38_143685_box_Incident_Summaries_101-172
Agency: Department of War
Page 65
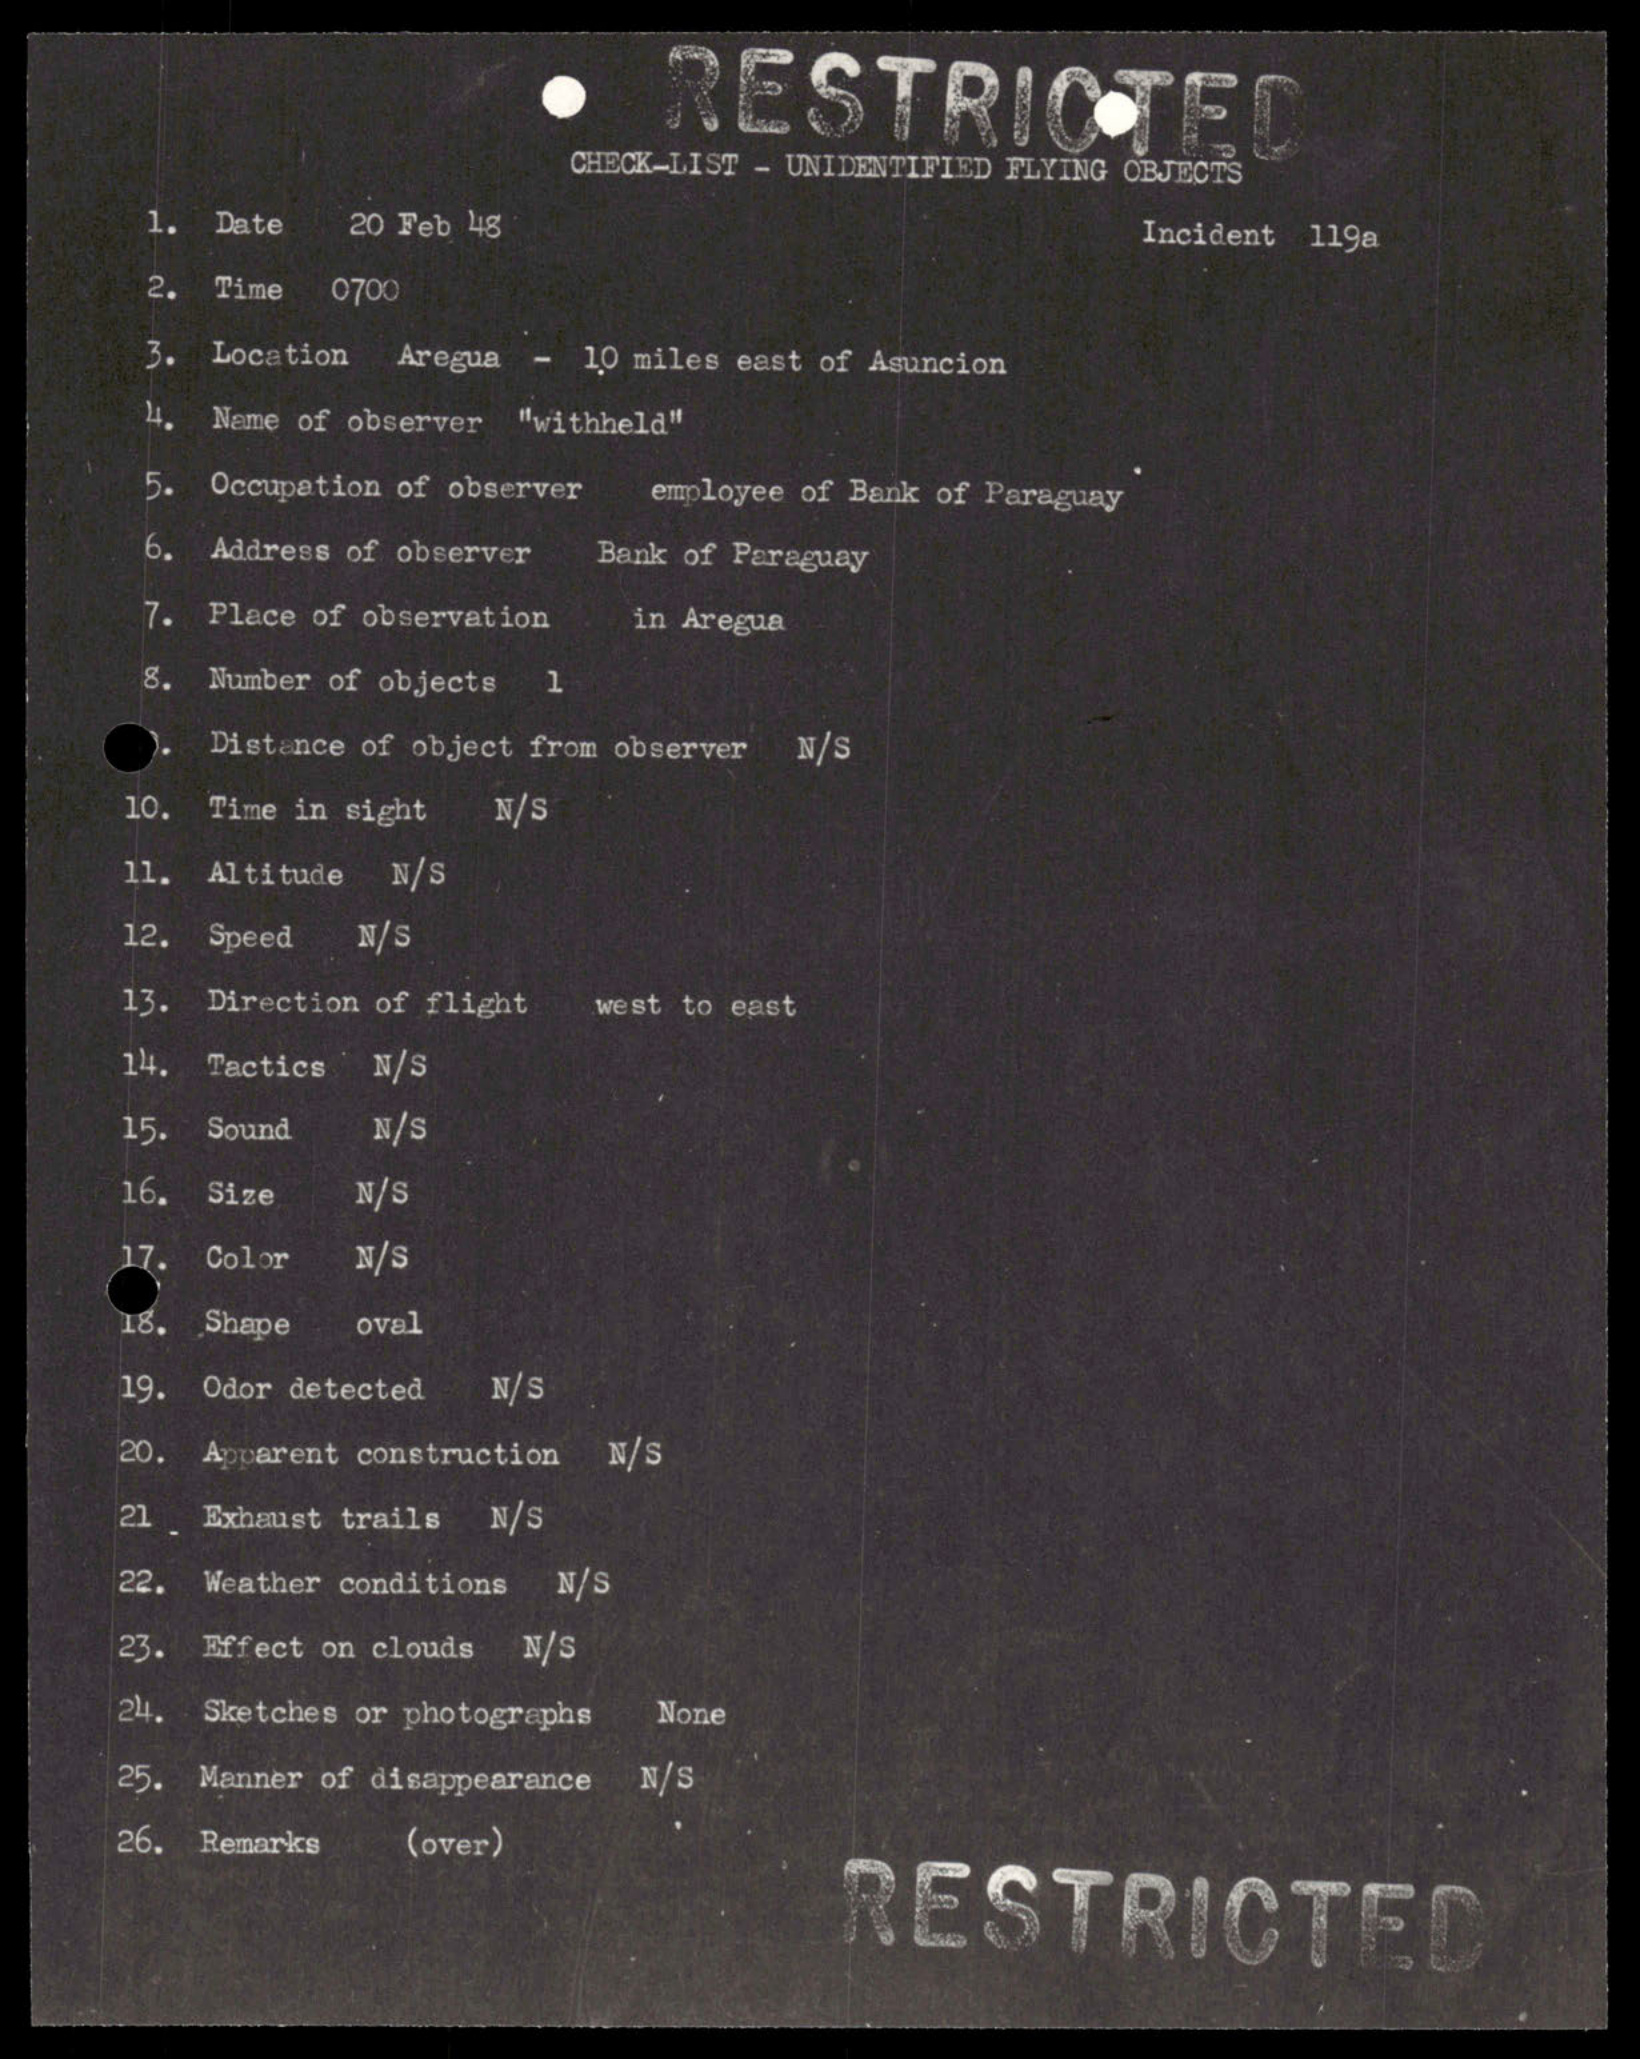